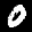
Label: 0